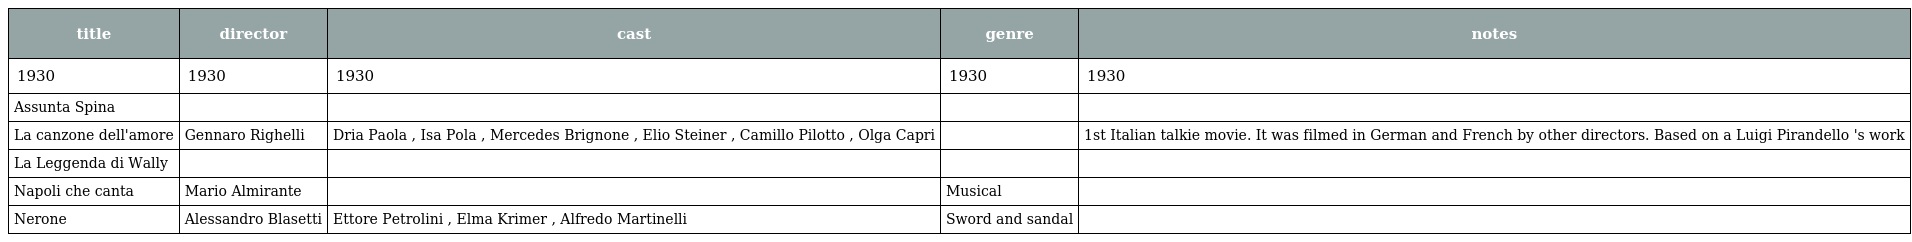
| title | director | cast | genre | notes |
 | --- | --- | --- | --- | --- |
 | 1930 | 1930 | 1930 | 1930 | 1930 |
 | Assunta Spina |  |  |  |  |
 | La canzone dell'amore | Gennaro Righelli | Dria Paola , Isa Pola , Mercedes Brignone , Elio Steiner , Camillo Pilotto , Olga Capri |  | 1st Italian talkie movie. It was filmed in German and French by other directors. Based on a Luigi Pirandello 's work |
 | La Leggenda di Wally |  |  |  |  |
 | Napoli che canta | Mario Almirante |  | Musical |  |
 | Nerone | Alessandro Blasetti | Ettore Petrolini , Elma Krimer , Alfredo Martinelli | Sword and sandal |  |